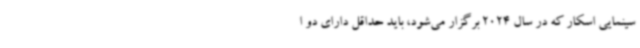
سینمایی اسکار که در سال 2024 برگزار می‌شود، باید حداقل دارای دو ا